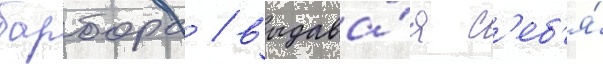
барбора / выдава́я с'еб'я́